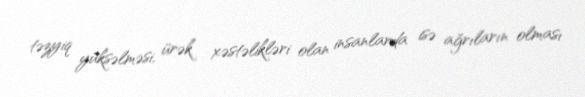
təzyiq yüksəlməsi, ürək xəstəlikləri olan insanlarda isə ağrıların olması